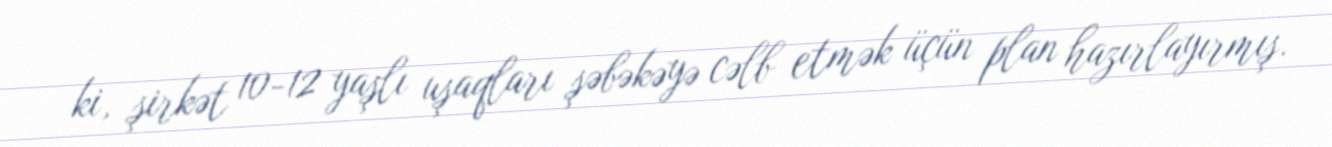
ki, şirkət 10-12 yaşlı uşaqları şəbəkəyə cəlb etmək üçün plan hazırlayırmış.